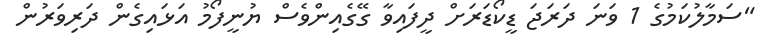
"ސަމާލުކަމުގެ 1 ވަނަ ދަރަޖަ ޑީކޯޑަރަށް ދީފައިވާ ގޭގެއިންވެސް ޔުނީފޯމު އަޅައިގެން ދަރިވަރުން